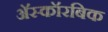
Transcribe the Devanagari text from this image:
अॅस्कॉरबिक